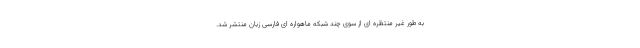
به طور غیر منتظره ای از سوی چند شبکه ماهواره ای فارسی زبان منتشر شد.